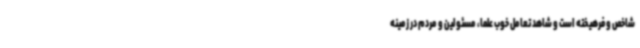
شاخص و فرهیخته است و شاهد تعامل خوب علما، مسئولین و مردم در زمینه